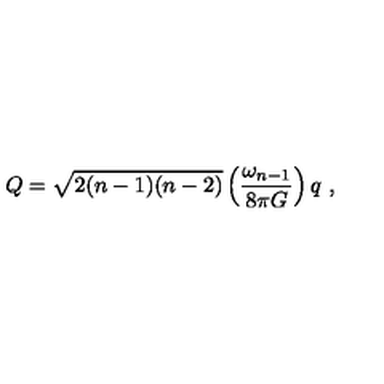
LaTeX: Q = \sqrt { 2 ( n - 1 ) ( n - 2 ) } \left( { \frac { \omega _ { n - 1 } } { 8 \pi G } } \right) q \ ,